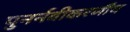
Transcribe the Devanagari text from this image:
पुनर्नवीकरणीय